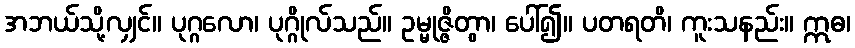
အဘယ်သို့လျှင်။ ပုဂ္ဂလော၊ ပုဂ္ဂိုလ်သည်။ ဥမ္မုဇ္ဇိတွာ၊ ပေါ်၍။ ပတရတိ၊ ကူးသနည်း။ ဣဓ၊